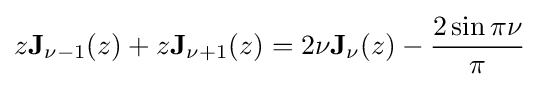
z\mathbf {J} _{\nu -1}(z)+z\mathbf {J} _{\nu +1}(z)=2\nu \mathbf {J} _{\nu }(z)-{\frac {2\sin \pi \nu }{\pi }}